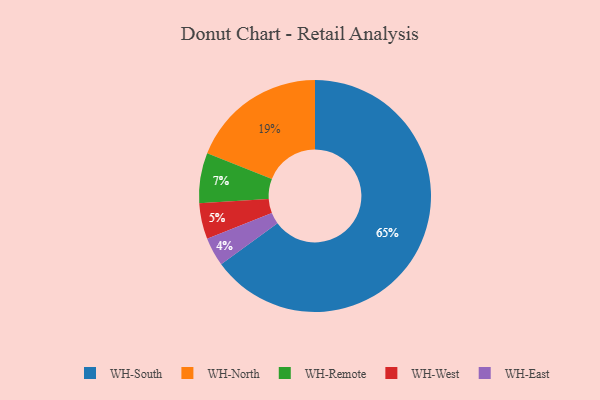
{"axis": {"x": "Category", "y": "Percentage"}, "legend": ["WH-East", "WH-North", "WH-Remote", "WH-South", "WH-West"], "data": [{"x": "WH-Remote", "y": 7, "type": "WH-Remote"}, {"x": "WH-West", "y": 5, "type": "WH-West"}, {"x": "WH-North", "y": 19, "type": "WH-North"}, {"x": "WH-South", "y": 65, "type": "WH-South"}, {"x": "WH-East", "y": 4, "type": "WH-East"}]}